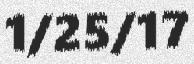
1/25/17